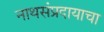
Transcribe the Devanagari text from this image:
नाथसंप्रदायाचा